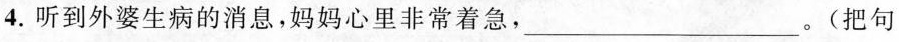
4.听到外婆生病的消息，妈妈心里非常着急，___。(把句